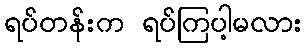
ရပ်တန်းက ရပ်ကြပါ့မလား